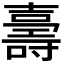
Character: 𭐙